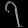
Digit: ၇